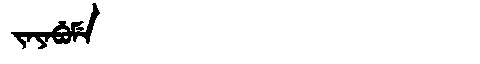
Manchu: ᠵᠠᠶᠠᠪᡠᠮᡝ
Romanization: JAYABUME